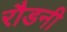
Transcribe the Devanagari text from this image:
रौडनी